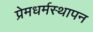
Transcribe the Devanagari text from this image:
प्रेमधर्मस्थापन